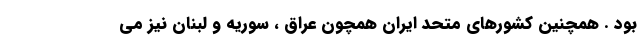
بود . همچنین کشورهای متحد ایران همچون عراق ، سوریه و لبنان نیز می